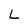
Character: L